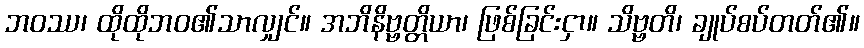
ဘဝဿ၊ ထိုထိုဘဝ၏သာလျှင်။ အဘိနိဗ္ဗတ္တိယာ၊ ဖြစ်ခြင်းငှာ။ သိဗ္ဗတိ၊ ချုပ်စပ်တတ်၏။